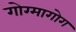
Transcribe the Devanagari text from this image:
गोग्मागोग